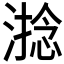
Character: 𣻧